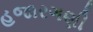
હજારગણી